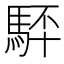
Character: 䮆